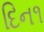
દિન૧